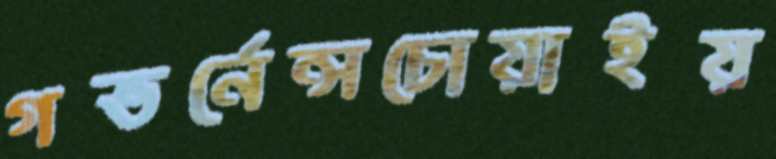
গভর্নেন্সচোয়াইয়